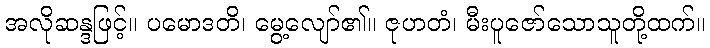
အလိုဆန္ဒဖြင့်။ ပမောဒတိ၊ မွေ့လျော်၏။ ဇုဟတံ၊ မီးပူဇော်သောသူတို့ထက်။